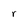
Character: r